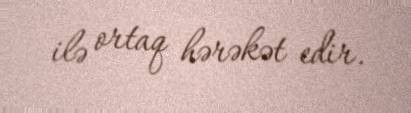
ilə ortaq hərəkət edir.